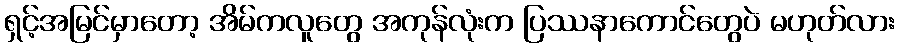
ရှင့်အမြင်မှာတော့ အိမ်ကလူတွေ အကုန်လုံးက ပြဿနာကောင်တွေပဲ မဟုတ်လား